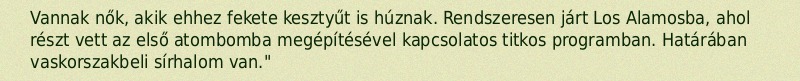
Vannak nők, akik ehhez fekete kesztyűt is húznak. Rendszeresen járt Los Alamosba, ahol részt vett az első atombomba megépítésével kapcsolatos titkos programban. Határában vaskorszakbeli sírhalom van."